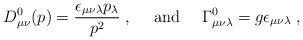
LaTeX: \begin{align*}D^0_{\mu\nu}(p)= \frac{\epsilon_{\mu\nu\lambda}p_\lambda}{p^2}\;,{}~~~~{\rm and} ~~~~\Gamma^0_{\mu\nu\lambda}=g\epsilon_{\mu\nu\lambda}\;,\end{align*}